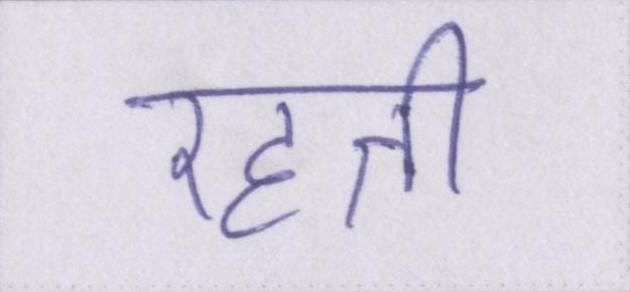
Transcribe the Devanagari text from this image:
रहती